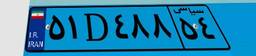
۸۷D۳۶۳۳۵